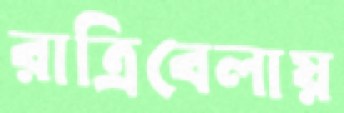
রাত্রিবেলায়